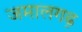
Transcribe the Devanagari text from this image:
जमालगढ़